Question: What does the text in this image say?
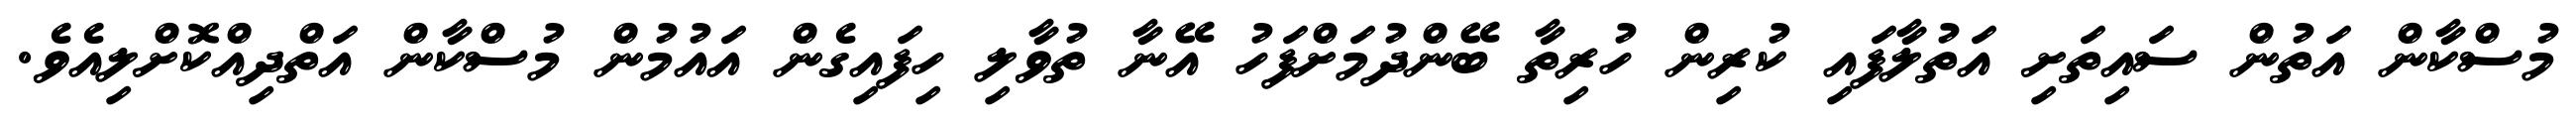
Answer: މުސްކާން އަތުން ސައިތަށި އަތުލާފައި ކުރިން ހުރިތާ ބޭންދުމަށްފަހު އޭނާ ތުވާލި ހިފައިގެން އައުމުން މުސްކާން އަތްދިއްކޮށްލިއެވެ.